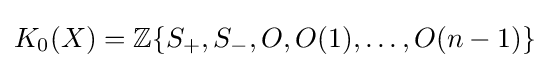
K_{0}(X)=\mathbb {Z} \{S_{+},S_{-},O,O(1),\ldots ,O(n-1)\}